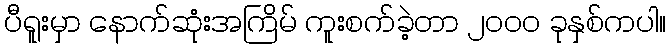
ပီရူးမှာ နောက်ဆုံးအကြိမ် ကူးစက်ခဲ့တာ ၂၀၀၀ ခုနှစ်ကပါ။